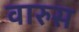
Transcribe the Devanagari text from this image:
वारुस